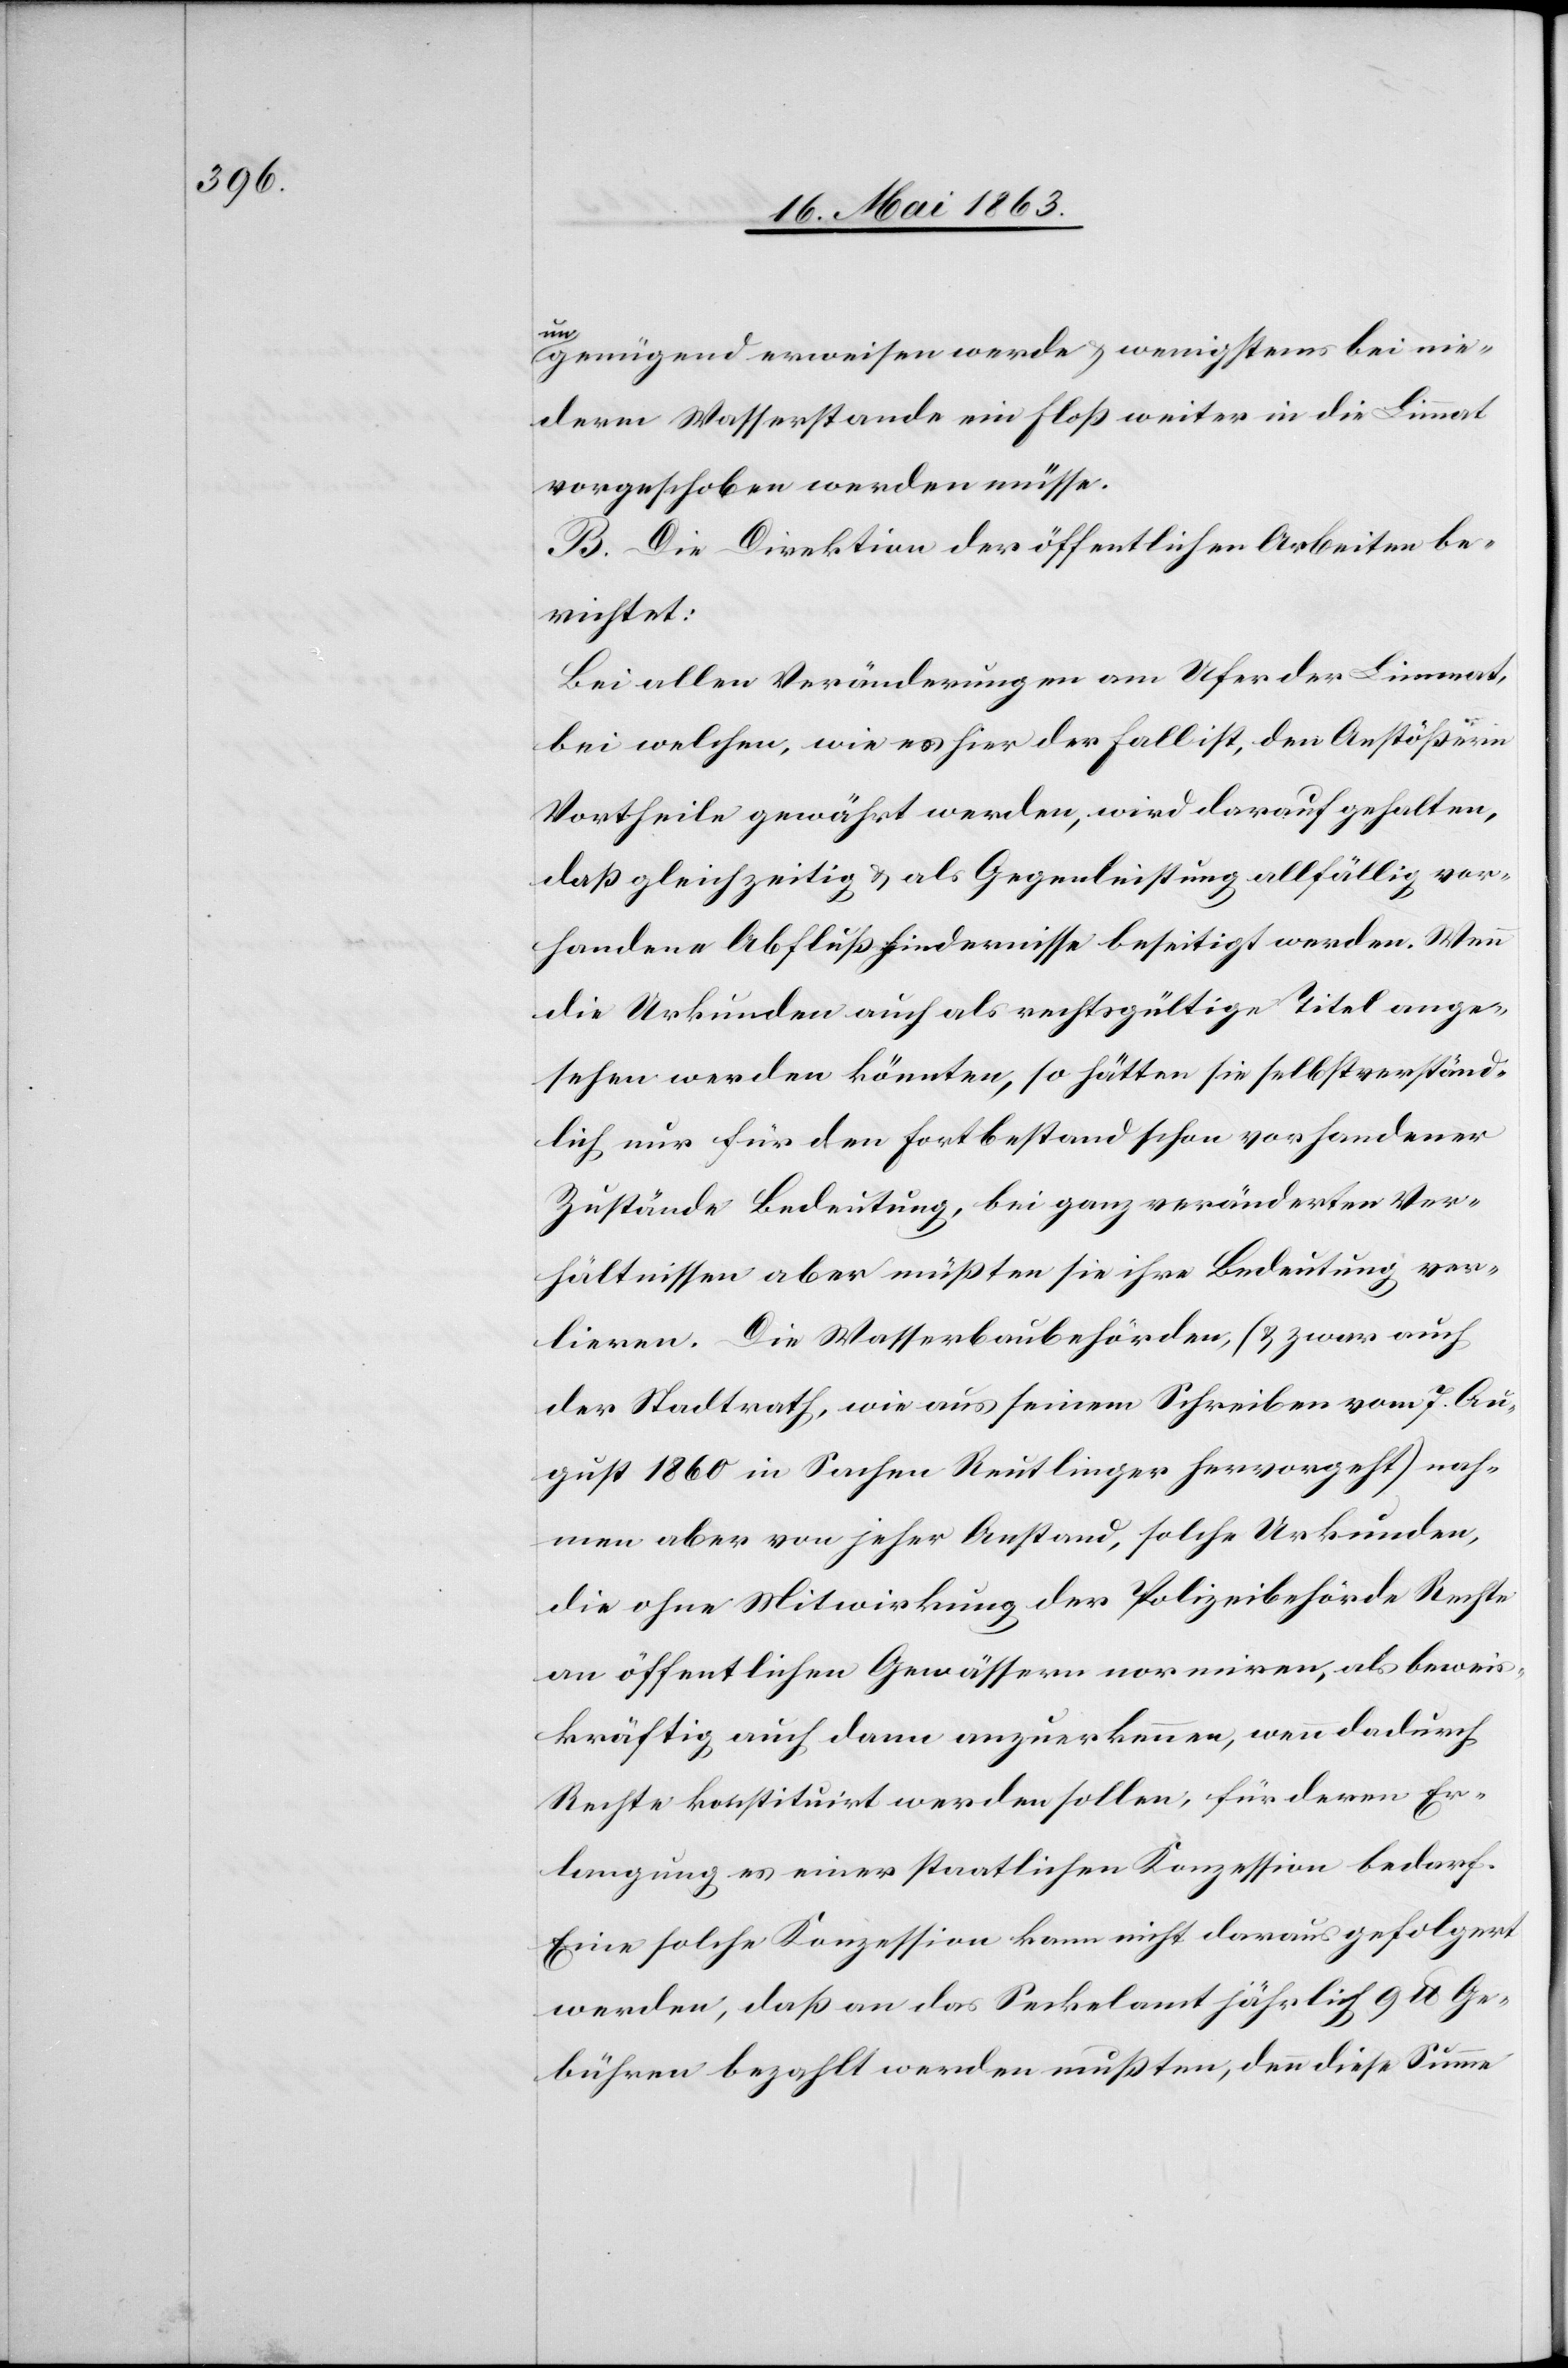
un¬
genügend erweisen werde & wenigstens bei nie¬
derm Wasserstande ein Floß weiter in die Limmat
vorgeschoben werden müsse.
B. Die Direktion der öffentlichen Arbeiten be¬
richtet:
Bei allen Veränderungen am Ufer der Limmat,
bei welchen, wie es hier der Fall ist, den Anstößern
Vortheile gewährt werden, wird darauf gehalten,
daß gleichzeitig & als Gegenleistung allfällig vor¬
handene Abflußhindernisse beseitigt werden. Wenn
die Urkunden auch als rechtsgültige Titel ange¬
sehen werden könnten, so hätten sie selbstverständ¬
lich nur für den Fortbestand schon vorhandener
Zustände Bedeutung, bei ganz veränderten Ver¬
hältnissen aber müßten sie ihre Bedeutung ver¬
lieren. Die Wasserbaubehörden, (& zwar auch
der Stadtrath, wie aus seinem Schreiben vom 7. Au¬
gust 1860 in Sachen Reutlinger hervorgeht) nah¬
men aber von jeher Anstand, solche Urkunden,
die ohne Mitwirkung der Polizeibehörde Rechte
an öffentlichen Gewässern normiren, als beweis¬
kräftig auch dann anzuerkennen, wenn dadurch
Rechte konstituirt werden sollen, für deren Er¬
langung es einer staatlichen Konzession bedarf.
Eine solche Konzession kann nicht daraus gefolgert
werden, daß an das Seckelamt jährlich 9 lb Ge¬
bühren bezahlt werden mußten, denn diese Summe